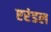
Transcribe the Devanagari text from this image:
एरंडल